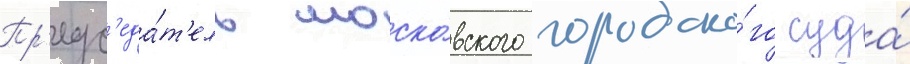
Пр'едс'еда́т'ель моско́вского городско́го суда́